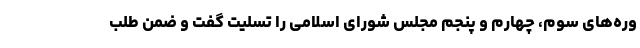
وره‌های سوم، چهارم و پنجم مجلس شورای اسلامی را تسلیت گفت و ضمن طلب